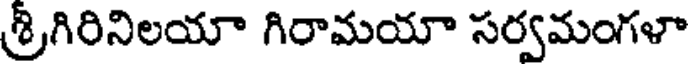
శ్రీగిరినిలయా గిరామయా సర్వమంగళా